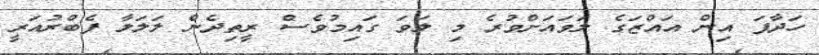
ހަދާފަ އިން އައްޒަގެ ލަވައަށްވުރެ މި ލަވަ ގައިމުވެސް ރީތިދެން ލަލަލާ ފެބްރުއަރީ